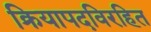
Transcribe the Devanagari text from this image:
क्रियापदविरहित